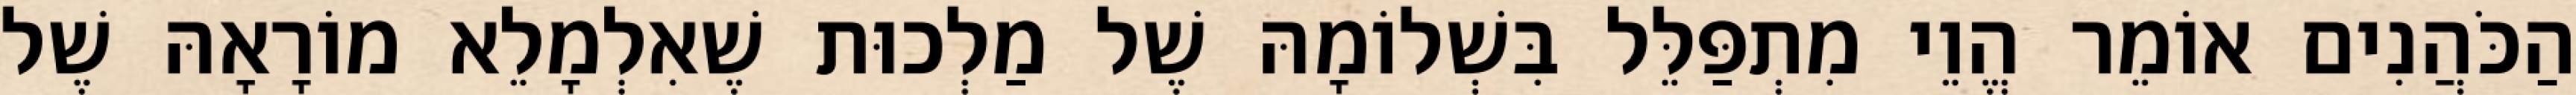
הַכֹּהֲנִים אוֹמֵר הֱוֵי מִתְפַּלֵּל בִּשְׁלוֹמָהּ שֶׁל מַלְכוּת שֶׁאִלְמָלֵא מוֹרָאָהּ שֶׁל